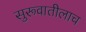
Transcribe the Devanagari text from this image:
सुरूवातीलाच